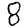
Digit: 8